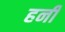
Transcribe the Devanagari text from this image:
हनीं